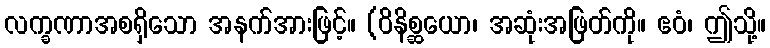
လက္ခဏာအစရှိသော အနက်အားဖြင့်။ (ဝိနိစ္ဆယော၊ အဆုံးအဖြတ်ကို။ ဧဝံ၊ ဤသို့။